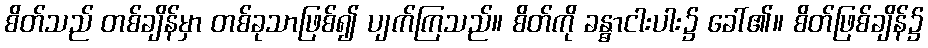
စိတ်သည် တစ်ချိန်မှာ တစ်ခုသာဖြစ်၍ ပျက်ကြသည်။ စိတ်ကို ခန္ဓာငါးပါး၌ ခေါ်၏။ စိတ်ဖြစ်ချိန်၌